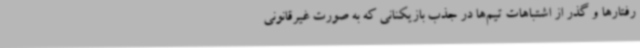
رفتارها و گذر از اشتباهات تیم‌ها در جذب بازیکنانی که به صورت غیرقانونی